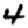
Digit: 4